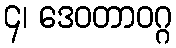
၄၊ ဒေဝတာဝဂ္ဂ